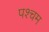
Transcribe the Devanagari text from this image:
पश्चम